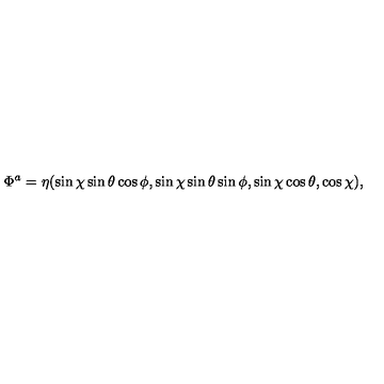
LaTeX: \Phi ^ { a } = \eta ( \sin \chi \sin \theta \cos \phi , \sin \chi \sin \theta \sin \phi , \sin \chi \cos \theta , \cos \chi ) ,